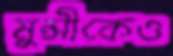
মুন্সীকেও